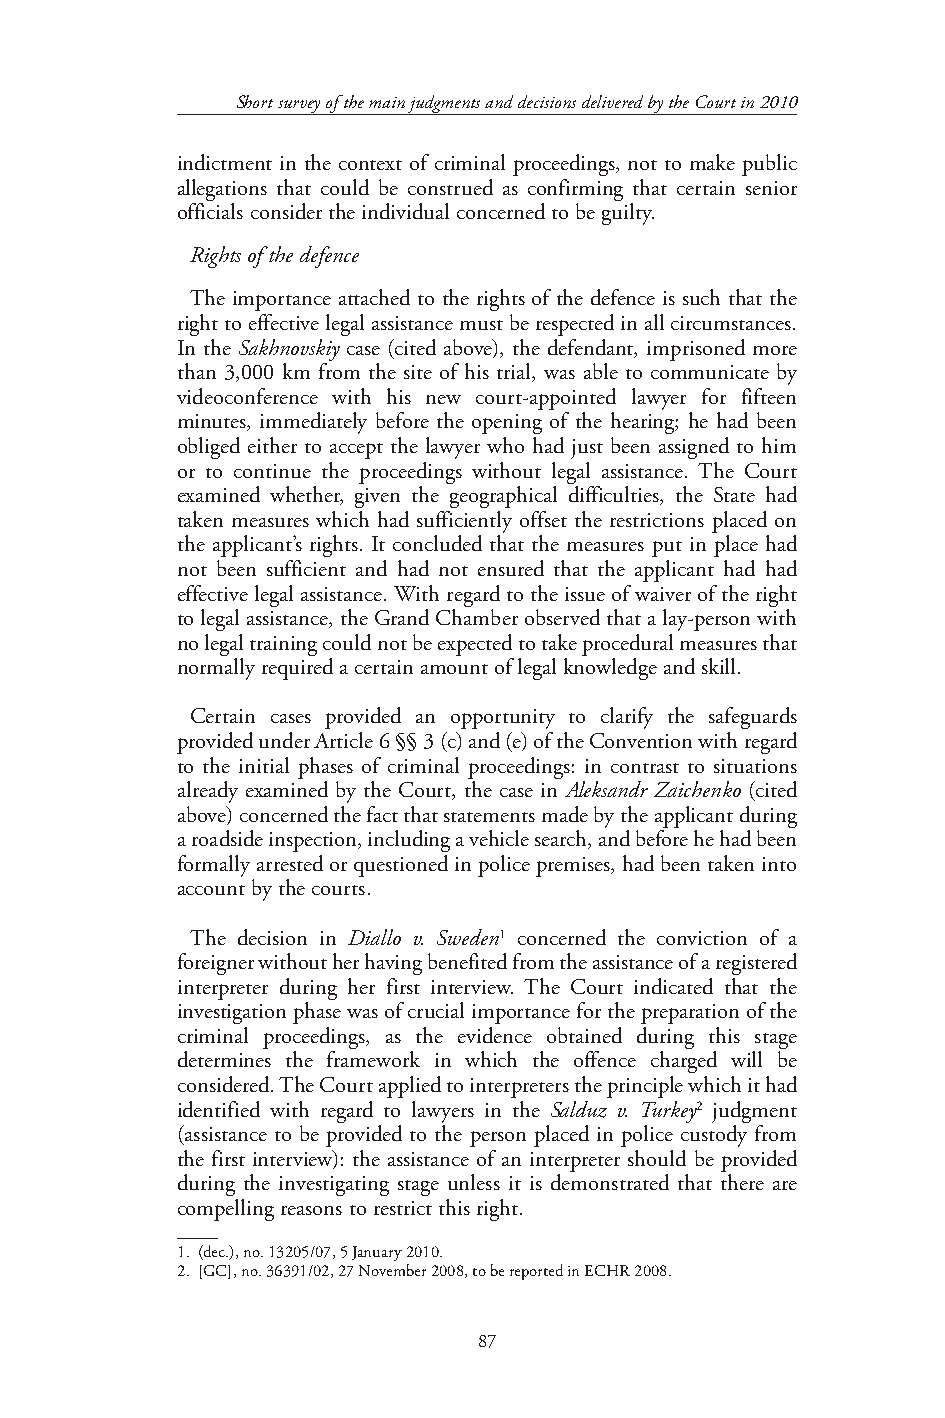
Short survey of the main judgments and decisions delivered by the Court in 2010
 indictment in the context of criminal proceedings, not to make public
 allegations that could be construed as confirming that certain senior
 officials consider the individual concerned to be guilty.
 Rights of the defence
 The importance attached to the rights of the defence is such that the
 right to effective legal assistance must be respected in all circumstances.
 In the Sakhnovskiy case (cited above), the defendant, imprisoned more
 than 3,000 km from the site of his trial, was able to communicate by
 videoconference with his new court-appointed lawyer for fifteen
 minutes, immediately before the opening of the hearing; he had been
 obliged either to accept the lawyer who had just been assigned to him
 or to continue the proceedings without legal assistance. The Court
 examined whether, given the geographical difficulties, the State had
 taken measures which had sufficiently offset the restrictions placed on
 the applicant’s rights. It concluded that the measures put in place had
 not been sufficient and had not ensured that the applicant had had
 effective legal assistance. With regard to the issue of waiver of the right
 to legal assistance, the Grand Chamber observed that a lay-person with
 no legal training could not be expected to take procedural measures that
 normally required a certain amount of legal knowledge and skill.
 Certain cases provided an opportunity to clarify the safeguards
 provided under Article 6 §§ 3 (c) and (e) of the Convention with regard
 to the initial phases of criminal proceedings: in contrast to situations
 already examined by the Court, the case in Aleksandr Zaichenko (cited
 above) concerned the fact that statements made by the applicant during
 a roadside inspection, including a vehicle search, and before he had been
 formally arrested or questioned in police premises, had been taken into
 account by the courts.
 The decision in Diallo v. Sweden1 concerned the conviction of a
 foreigner without her having benefited from the assistance of a registered
 interpreter during her first interview. The Court indicated that the
 investigation phase was of crucial importance for the preparation of the
 criminal proceedings, as the evidence obtained during this stage
 determines the framework in which the offence charged will be
 considered. The Court applied to interpreters the principle which it had
 identified with regard to lawyers in the Salduz v. Turkey2 judgment
 (assistance to be provided to the person placed in police custody from
 the first interview): the assistance of an interpreter should be provided
 during the investigating stage unless it is demonstrated that there are
 compelling reasons to restrict this right.
 1. (dec.), no. 13205/07, 5 January 2010.
 2. [GC], no. 36391/02, 27 November 2008, to be reported in ECHR 2008.
 87